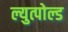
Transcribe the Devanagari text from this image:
ल्युत्पोल्ड